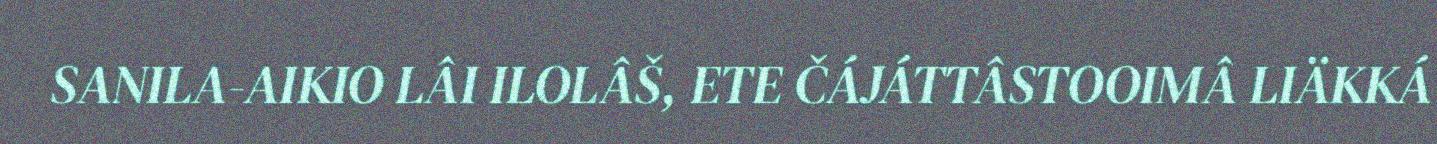
SANILA-AIKIO LÂI ILOLÂŠ, ETE ČÁJÁTTÂSTOOIMÂ LIÄKKÁ